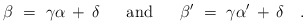
\begin{align*} \beta~=~\gamma\alpha \, + \, \delta~~~~~\mbox{and}~~~~~ \beta'~=~\gamma\alpha' \, + \, \delta~~~.\end{align*}